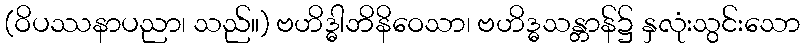
(ဝိပဿနာပညာ၊ သည်။) ဗဟိဒ္ဓါဘိနိဝေသာ၊ ဗဟိဒ္ဓသန္တာန်၌ နှလုံးသွင်းသော